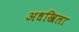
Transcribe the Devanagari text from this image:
अधखिला